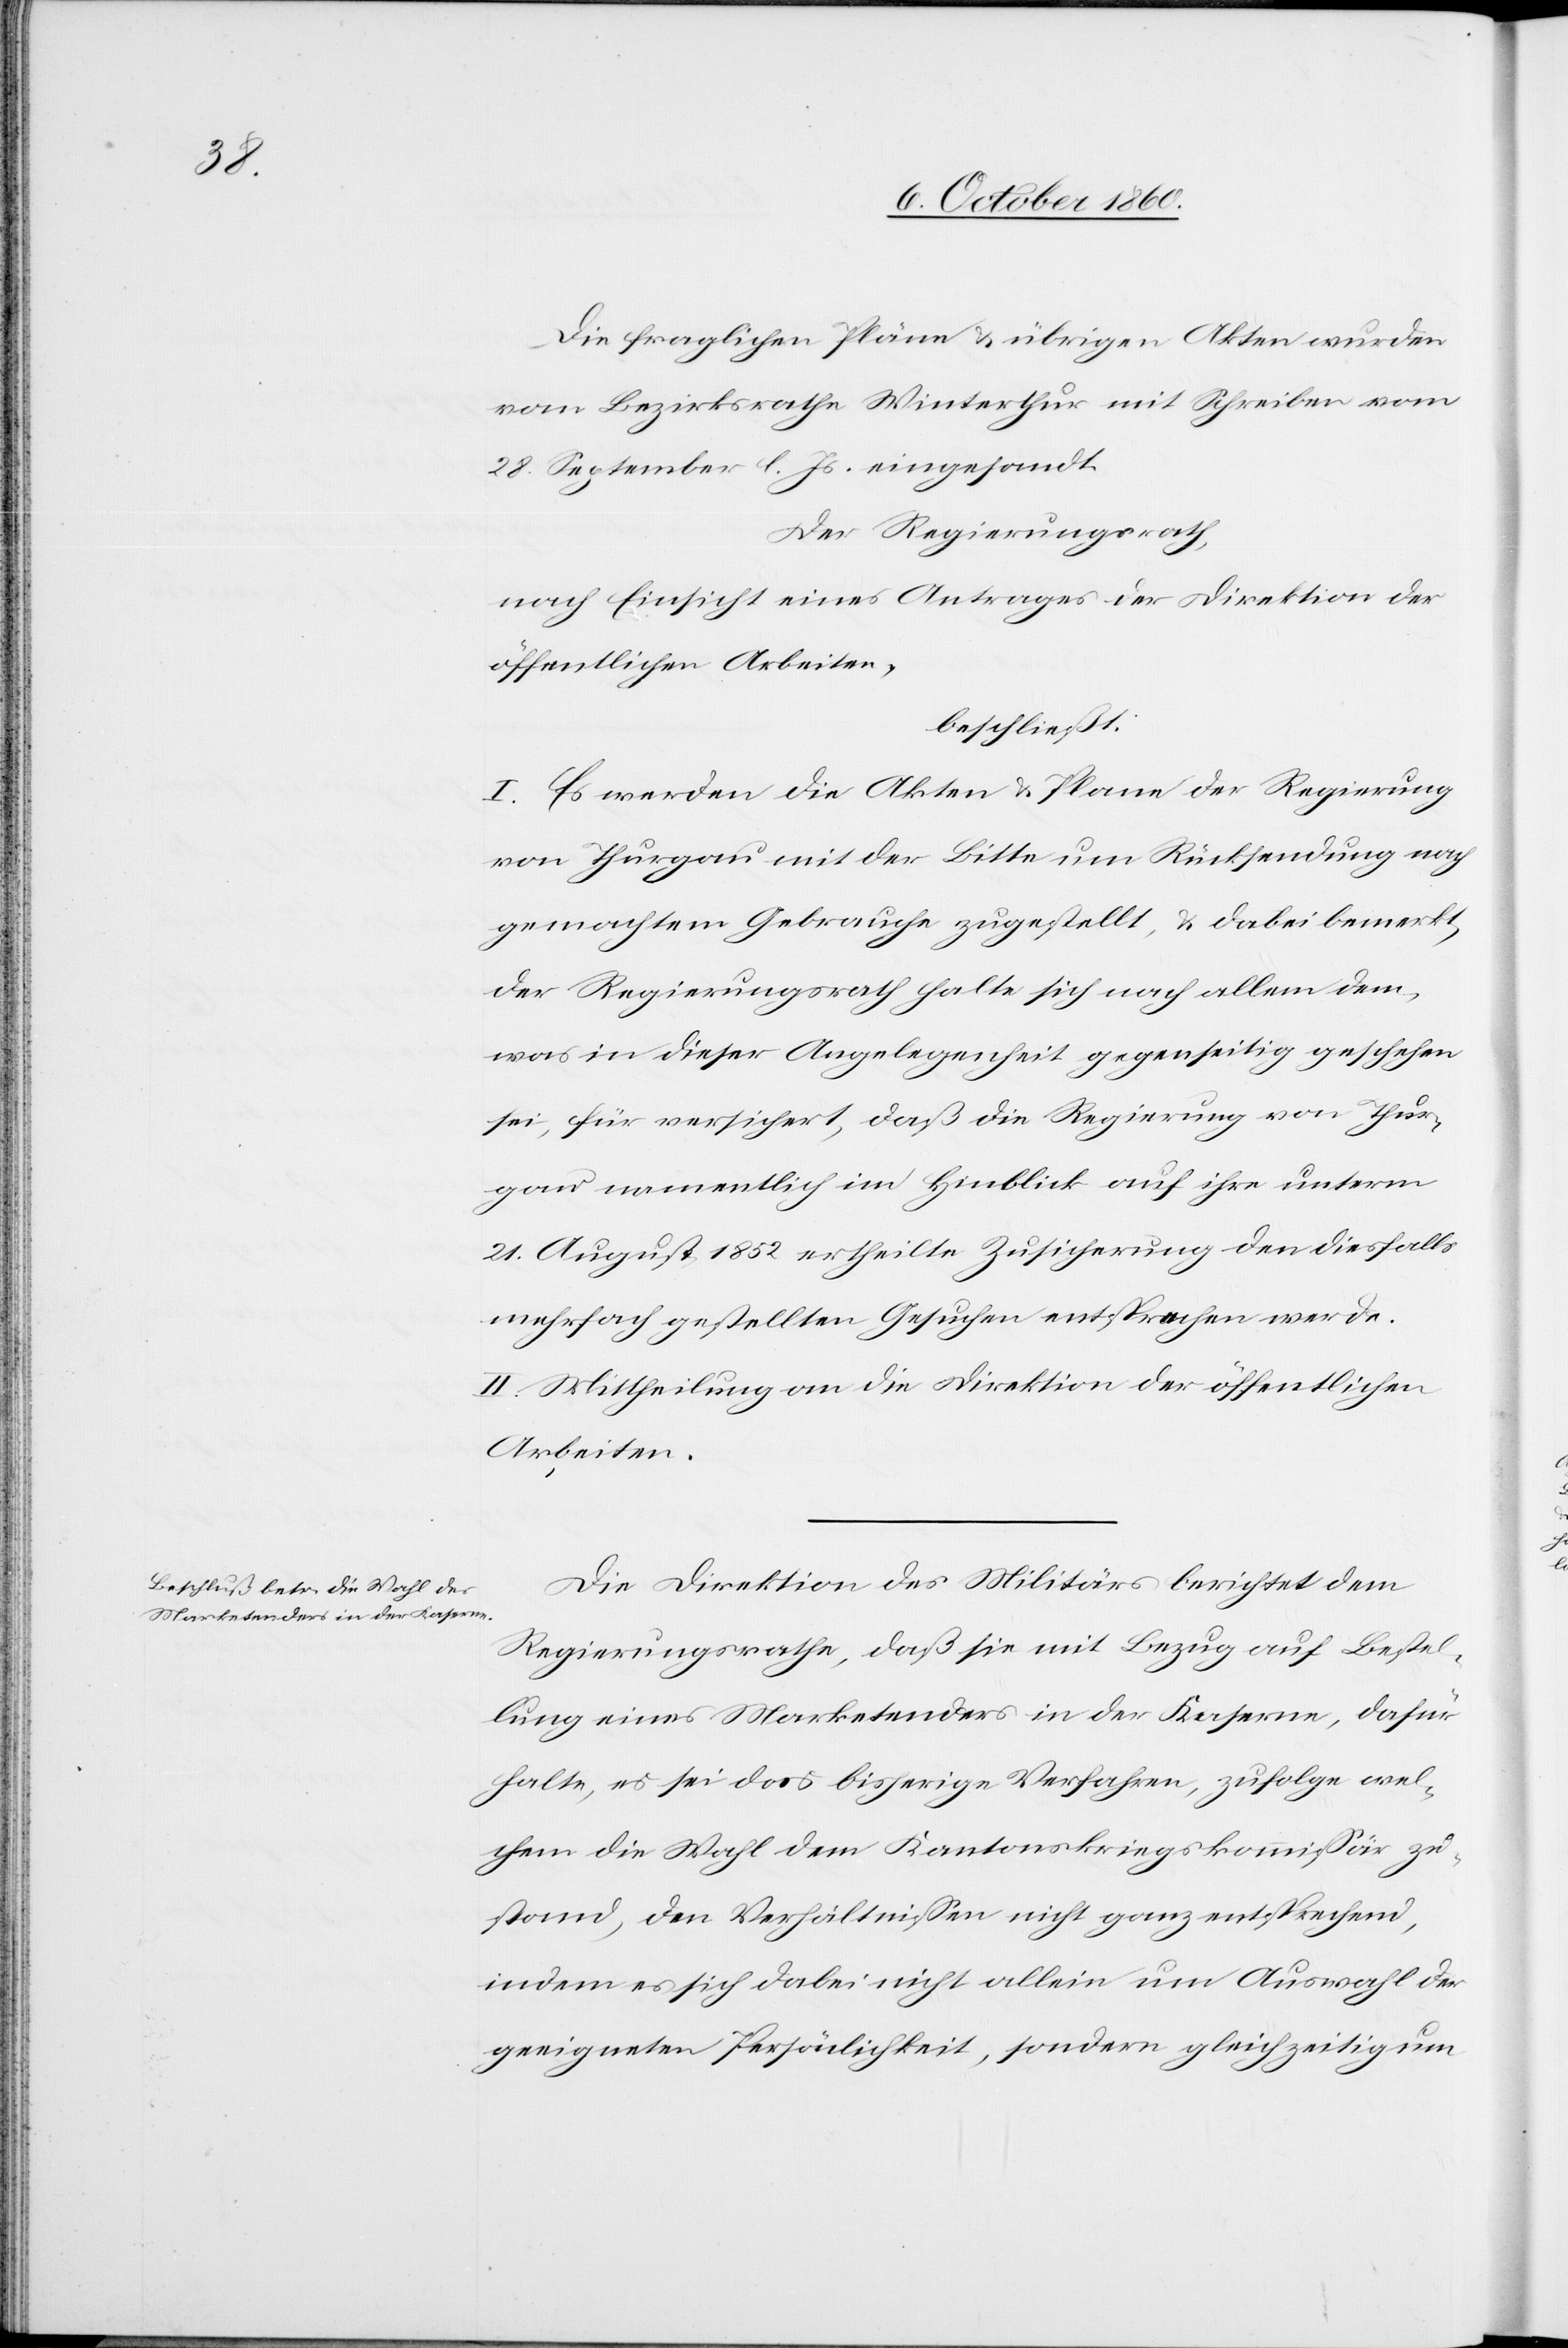
Die fraglichen Pläne u. übrigen Akten wurden
vom Bezirksrathe Winterthur mit Schreiben vom
28. September l. Js. eingesandt.
Der Regierungsrath,
nach Einsicht eines Antrages der Direktion der
öffentlichen Arbeiten,
beschließt:
I. Es werden die Akten u. Plane der Regierung
von Thurgau mit der Bitte um Rücksendung nach
gemachtem Gebrauche zugestellt, u. dabei bemerkt,
der Regierungsrath halte sich nach allem dem,
was in dieser Angelegenheit gegenseitig geschehen
sei, für versichert, daß die Regierung von Thur¬
gau namentlich im Hinblick auf ihre unterm
21. August 1852 ertheilte Zusicherung den diesfalls
mehrfach gestellten Gesuchen entsprochen werde.
II. Mittheilung an die Direktion der öffentlichen
Arbeiten.
Die Direktion des Militärs berichtet dem
Regierungsrathe, daß sie mit Bezug auf Bestel¬
lung eines Markentenders in der Kaserne, dafür
halte, es sei das bisherige Verfahren, zufolge wel¬
chem die Wahl dem Kantonskriegskommissär zu¬
stand, den Verhältnissen nicht ganz entsprechend,
indem es sich dabei nicht allein um Auswahl der
geeigneten Persönlichkeit, sondern gleichzeitig um